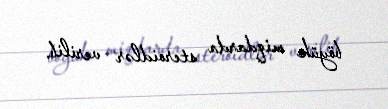
böyük miqdarda steroidlər verilib.